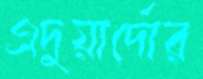
এদুয়ার্দোর